画像に写った文字を読んでください
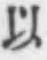
「以」と書いてあります